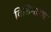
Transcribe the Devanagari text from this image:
विधिनाट्य